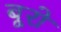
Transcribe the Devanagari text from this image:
बूरो